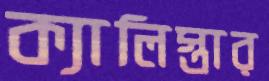
ক্যালিস্তার